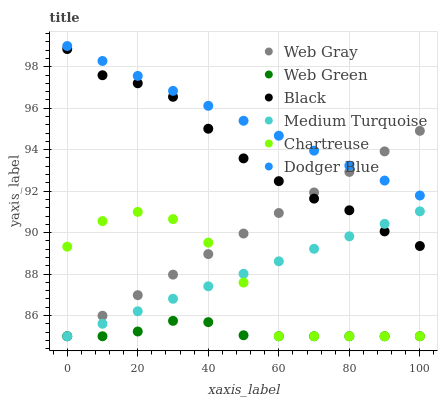
| xaxis_label | Web Gray | Web Green | Black | Medium Turquoise | Chartreuse | Dodger Blue |
 | --- | --- | --- | --- | --- | --- | --- |
 | 0 | 85 | 85 | 98.9 | 85 | 89.3 | 99 |
 | 10 | 86 | 85 | 97.6 | 85.6 | 90.6 | 98.3 |
 | 20 | 87 | 85.2 | 97.2 | 86.2 | 91 | 97.6 |
 | 30 | 88 | 85.7 | 96.6 | 86.8 | 90.7 | 96.8 |
 | 40 | 89 | 85.7 | 95 | 87.4 | 89.5 | 96.1 |
 | 50 | 90 | 85 | 93.6 | 88 | 87.6 | 95.4 |
 | 60 | 90.9 | 85 | 92.5 | 88.6 | 85 | 94.7 |
 | 70 | 91.9 | 85 | 91.6 | 89.2 | 85 | 94 |
 | 80 | 92.9 | 85 | 91.1 | 89.8 | 85 | 93.2 |
 | 90 | 93.9 | 85 | 90.1 | 90.4 | 85 | 92.5 |
 | 100 | 94.9 | 85 | 89.4 | 91 | 85 | 91.8 |